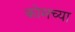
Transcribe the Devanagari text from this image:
कोमच्या